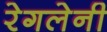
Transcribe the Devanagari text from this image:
रेगलेनी